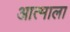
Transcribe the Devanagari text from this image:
आत्माला